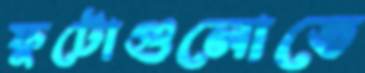
ফুটোগুলোতে